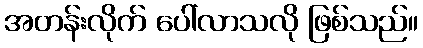
အတန်းလိုက် ပေါ်လာသလို ဖြစ်သည်။